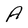
Character: A